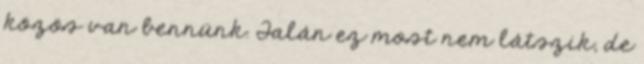
közös van bennünk. Talán ez most nem látszik, de